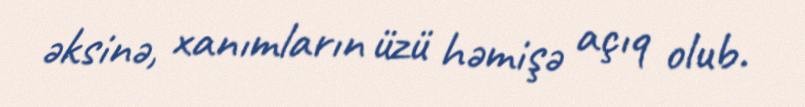
əksinə, xanımların üzü həmişə açıq olub.